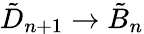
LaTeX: {\tilde{D}}_{n+1}\to{\tilde{B}}_{n}